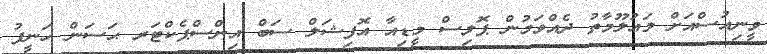
ވީނިއުސްއަށް މަޢުލޫމާތު ދެއްވަމުން ޕޮލިސް މީޑިއާ އޮފިޝަލް ސަބް އިންސްޕެކްޓަރ ޙަސަން ހަނީފު